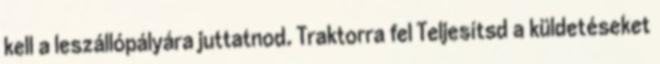
kell a leszállópályára juttatnod. Traktorra fel Teljesítsd a küldetéseket